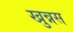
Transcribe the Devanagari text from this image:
खुन्नस